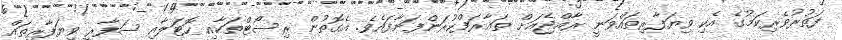
ފަތުރުވެރިކަމުގެ އެކި ވިޔަފާރިތައްވަނީ ރާއްޖެއަށް ތަޢާރަފްކުރަންފަށާފައެވެ. އެގޮތުން ރިސޯޓްތަކާއި ހޮޓަލާއި ސަފާރީ ވިޔަފާރިތައް